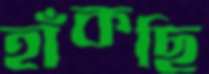
হাঁকছি